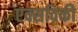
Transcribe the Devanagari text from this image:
एक्सविकी